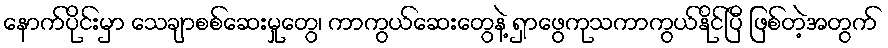
နောက်ပိုင်းမှာ သေချာစစ်ဆေးမှုတွေ၊ ကာကွယ်ဆေးတွေနဲ့ ရှာဖွေကုသကာကွယ်နိုင်ပြီ ဖြစ်တဲ့အတွက်